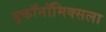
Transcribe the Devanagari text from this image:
इकॉनॉमिक्सला